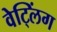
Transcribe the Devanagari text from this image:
वेट्लिंग